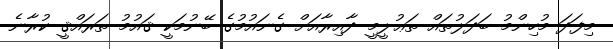
މިފަދަ މުހިންމު ބަދަލުތައް ތަޢުލީމީ ދާއިރާއަށް ގެނައުމުގެ ބޭނުމަކީ ޤައުމު ތަރައްޤީ ކުރާނެ